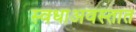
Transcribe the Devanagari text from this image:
स्वधाअवस्तात